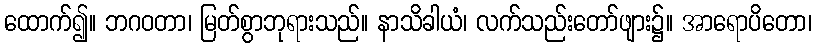
ထောက်၍။ ဘဂဝတာ၊ မြတ်စွာဘုရားသည်။ နာသိခါယံ၊ လက်သည်းတော်ဖျား၌။ အာရောပိတော၊